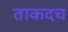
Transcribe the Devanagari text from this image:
ताकदच